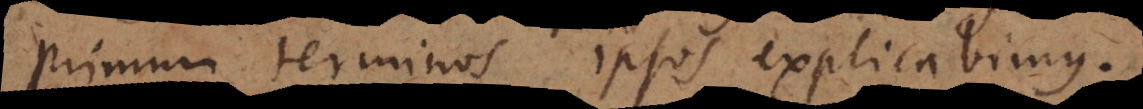
primum terminos ipsos explicabimus.